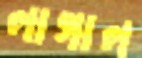
লাগাল